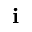
\mathbf i